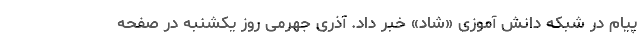
پیام در شبکه دانش آموزی «شاد» خبر داد. آذری جهرمی روز یکشنبه در صفحه